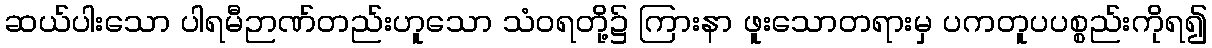
ဆယ်ပါးသော ပါရမီဉာဏ်တည်းဟူသော သံဝရတို့၌ ကြားနာ ဖူးသောတရားမှ ပကတူပပစ္စည်းကိုရ၍